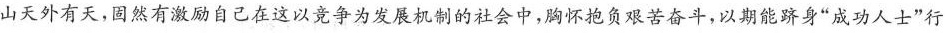
山天外有天，固然有激励自己在这以竞争为发展机制的社会中，胸怀抱负艰苦奋斗，以期能跻身”成功人士”行